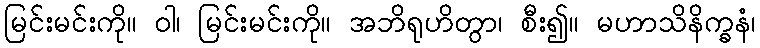
မြင်းမင်းကို။ ဝါ၊ မြင်းမင်းကို။ အဘိရုဟိတွာ၊ စီး၍။ မဟာသိနိက္ခနံ၊